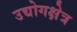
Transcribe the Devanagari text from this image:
उद्योगक्षेत्र